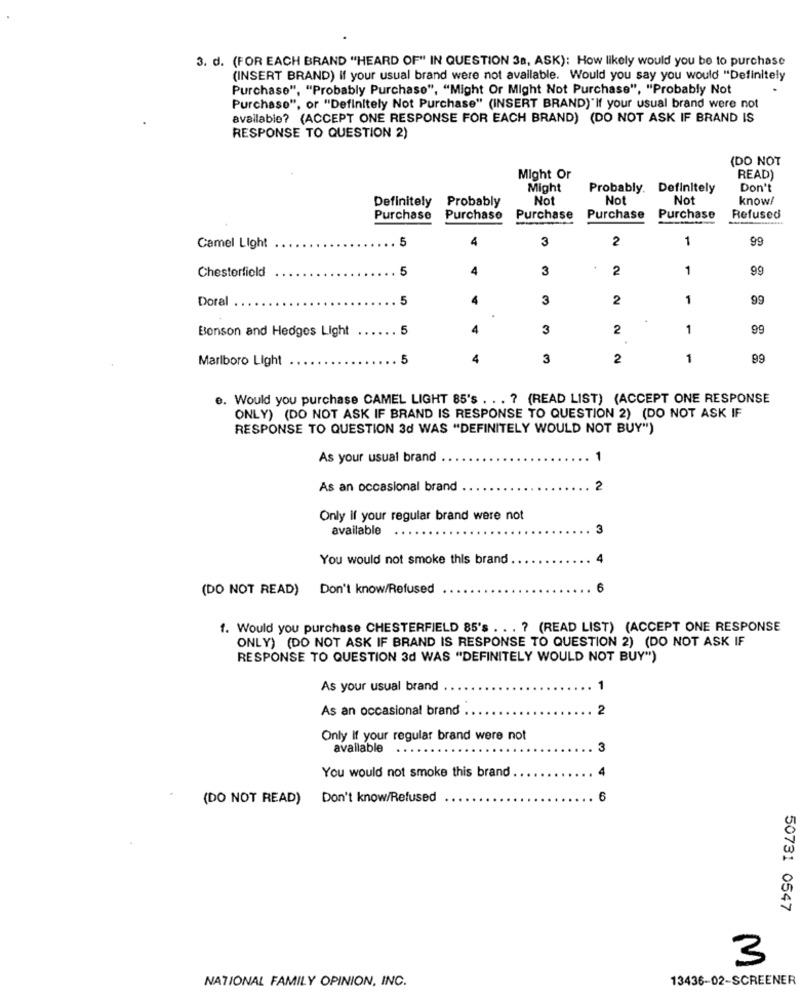
3. d. (FOR EACH BRAND "HEARD OF" IN QUESTION 38, ASK): How likely would you be to purchase
(INSERT BRAND) If your usual brand were not available. Would you say you would "Definitely
Purchase", "Probably Purchase", "Might Or Might Not Purchase", "Probably Not
Purchase", or "Definitely Not Purchase" (INSERT BRAND)"If your usual brand were not
available? (ACCEPT ONE RESPONSE FOR EACH BRAND) (DO NOT ASK IF BRAND IS
RESPONSE TO QUESTION 2)
(DO NOT
Might Or
READ)
Might
Probably. Definitely
Don't
Definitely
Probably
Not
O
Not
know!
Purchase
Purchase
Purchase
Purchase
Purchase
Refused
5
4
3
2
1
99
Camel Light
Chesterfield
5
4
3
2
1
99
Doral
5
3
2
1
99
Benson and Hedges Light
5
4
3
2
1
99
Marlboro Light
5
3
2
1
99
e. Would you purchase CAMEL LIGHT 85's . .. ? (READ LIST) (ACCEPT ONE RESPONSE
ONLY) (DO NOT ASK IF BRAND IS RESPONSE TO QUESTION 2) (DO NOT ASK IF
RESPONSE TO QUESTION 3d WAS "DEFINITELY WOULD NOT BUY")
As your usual brand
1
As an occasional brand
2
Only If your regular brand were not
available
3
You would not smoke this brand
(DO NOT READ) Don't know/Refused
6
1. Would you purchase CHESTERFIELD 85's ... ? (READ LIST) (ACCEPT ONE RESPONSE
ONLY) (DO NOT ASK IF BRAND IS RESPONSE TO QUESTION 2) (DO NOT ASK IF
RESPONSE TO QUESTION 3d WAS "DEFINITELY WOULD NOT BUY")
As your usual brand
1
As an occasional brand ..
2
Only If your regular brand were not
available
3
You would not smoke this brand
(DO NOT READ)
Don't know/Refused
6
50731 0547
3
NATIONAL FAMILY OPINION, INC.
13436-02-SCREENER